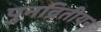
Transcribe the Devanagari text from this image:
पुनव्रितीयन